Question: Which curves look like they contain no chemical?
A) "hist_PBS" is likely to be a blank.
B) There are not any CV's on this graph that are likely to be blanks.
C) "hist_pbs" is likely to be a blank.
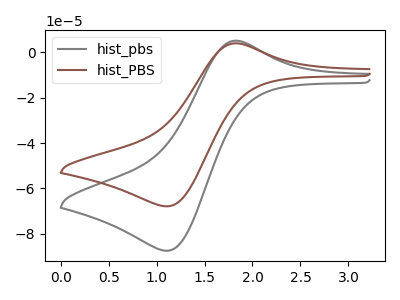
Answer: <think>The gray curve "hist_pbs" has an anodic peak at (1.80V, 5.15uA) and a cathodic peak at (1.10V, -87.50uA). The brown curve "hist_PBS" has an anodic peak at (1.80V, 4.00uA) and a cathodic peak at (1.10V, -67.90uA).</think>
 <answer>B) There are not any CV's on this graph that are likely to be blanks.</answer>
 <eval>B</eval>